Civil Veterinary Department. Madras. Admin. report 1926-33 - 1926-1933
Year: 1926
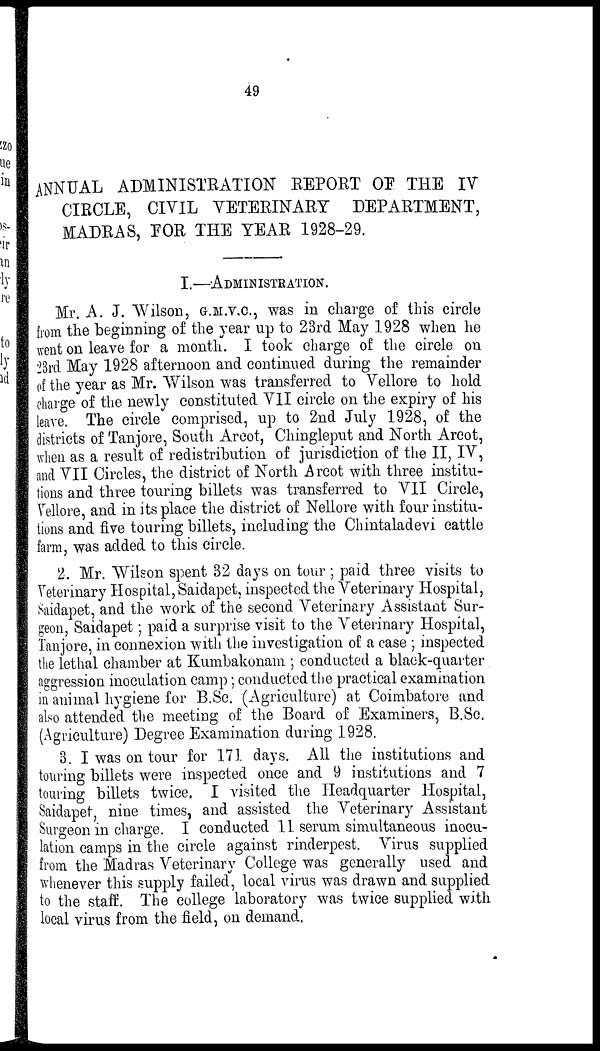
49
ANNUAL ADMINISTRATION REPORT OF THE IV
CIRCLE, CIVIL VETERINARY
DEPARTMENT,
MADRAS, FOR THE YEAR 1928-29.
I.—ADMINISTRATION.
Mr. A. J. Wilson, G.M.V.C., was in charge of this circle
from the beginning of the year up to 23rd May 1928 when he
went on leave for a month. I took charge of the circle on
23rd May 1928 afternoon and continued during the remainder
of the year as Mr. Wilson was transferred to Vellore to hold
charge of the newly constituted VII circle on the expiry of his
leave. The circle comprised, up to 2nd July 1928, of the
districts of Tanjore, South Arcot, Chingleput and North Arcot,
when as a result of redistribution of jurisdiction of the II, IV,
and VII Circles, the district of North Arcot with three institu-
tions and three touring billets was transferred to VII Circle,
Vellore, and in its place the district of Nellore with four institu-
tions and five touring billets, including the Chintaladevi cattle
farm, was added to this circle.
2. Mr. Wilson spent 32 days on tour; paid three visits to
Veterinary Hospital, Saidapet, inspected the Veterinary Hospital,
Saidapet, and the work of the second Veterinary Assistant Sur-
geon, Saidapet; paid a surprise visit to the Veterinary Hospital,
Tanjore, in connexion with the investigation of a case; inspected
the lethal chamber at Kumbakonam; conducted a black-quarter
aggression inoculation camp; conducted the practical examination
in animal hygiene for B.Sc. (Agriculture) at Coimbatore and
also attended the meeting of the Board of Examiners, B.Sc.
(Agriculture) Degree Examination during 1928.
3. I was on tour for 171 days. All the institutions and
touring billets were inspected once and 9 institutions and 7
touring billets twice. I visited the Headquarter Hospital,
Saidapet, nine times, and assisted the Veterinary Assistant
Surgeon in charge. I conducted II serum simultaneous inocu-
lation camps in the circle against rinderpest. Virus supplied
from the Madras Veterinary College was generally used and
whenever this supply failed, local virus was drawn and supplied
to the staff. The college laboratory was twice supplied with
local virus from the field, on demand.